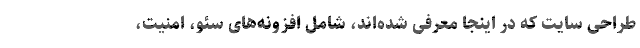
طراحی سایت که در اینجا معرفی شده‌اند، شامل افزونه‌های سئو، امنیت،